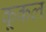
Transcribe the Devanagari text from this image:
कूकल